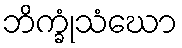
ဘိက္ခုံသံဃော